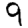
Digit: 9